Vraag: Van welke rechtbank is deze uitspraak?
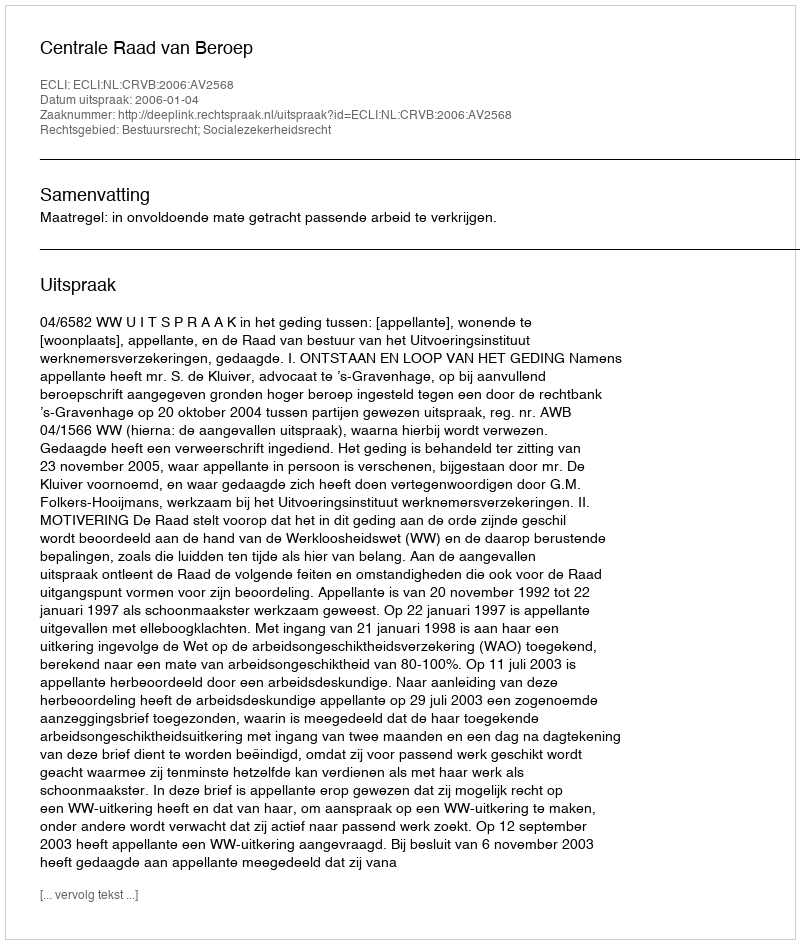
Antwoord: Centrale Raad van Beroep